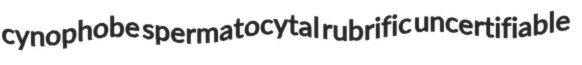
cynophobe spermatocytal rubrific uncertifiable